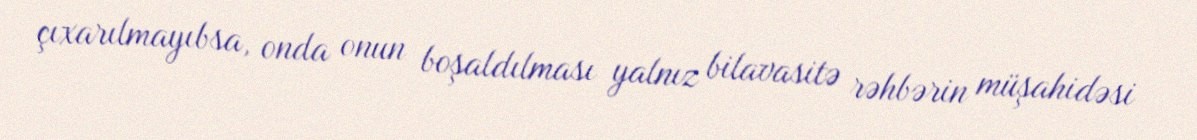
çıxarılmayıbsa, onda onun boşaldılması yalnız bilavasitə rəhbərin müşahidəsi